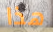
هذا